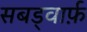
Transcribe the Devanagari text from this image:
सबड्वार्फ़